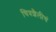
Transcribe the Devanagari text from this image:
चित्रशैलीचं